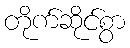
တိုက်ဆိုင်စွာ